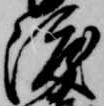
渡